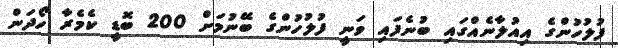
ފުލުހުންގެ އިއުލާނެއްގައި ބުނެފައި ވަނީ ފުލުހުންގެ ބޭނުމަށް 200 ބޮޑީ ކެމެރާ ހޯދަން